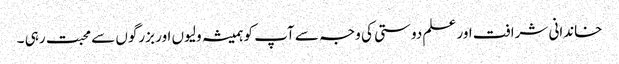
خاندانی شرافت اور علم دوستی کی وجہ سے آپ کو ہمیشہ ولیوں اور بزرگوں سے محبت رہی ۔